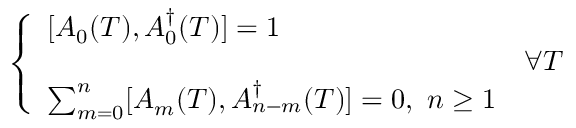
\left\{ \begin{array} { l l } { { \displaystyle [ A _ { 0 } ( T ) , A _ { 0 } ^ { \dag } ( T ) ] = 1 } } & { { } } \\ { { } } & { { \forall T } } \\ { { \sum _ { m = 0 } ^ { n } [ A _ { m } ( T ) , A _ { n - m } ^ { \dag } ( T ) ] = 0 , \, \, n \geq 1 } } & { { } } \end{array} \right.